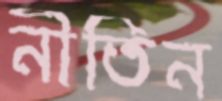
নীতিন